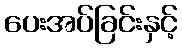
ပေးအပ်ခြင်းနှင့်